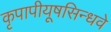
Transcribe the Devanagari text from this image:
कृपापीयूषसिन्धवे